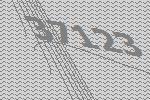
37123